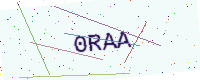
Text: 0RAA